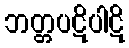
ဘတ္တပဋိပါဋိ